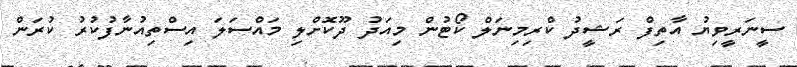
ސީނަރީވިޔު އާތިފް ރަޝީދު ކްރިމިނަލް ކޯޓުން މިއަދު ދޫކޮށްލި މައްސަލަ އިސްތިއުނާފުކުރު ކުރަން